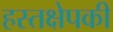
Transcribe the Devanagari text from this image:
हस्तक्षेपकी